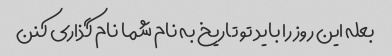
بعله این روز را باید تو تاریخ به نام شما نام گذاری کنن